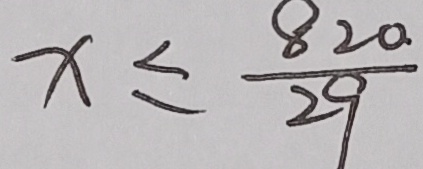
x \leq \frac { 8 2 0 } { 2 9 }